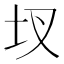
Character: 𮰚